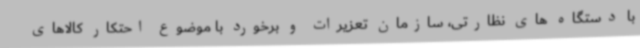
با دستگاه های نظارتی، سازمان تعزیرات و برخورد با موضوع احتکار کالاهای